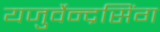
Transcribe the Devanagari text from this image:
यजुर्वेन्द्रसिंग